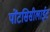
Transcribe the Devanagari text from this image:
पोंटसिसीलाईट